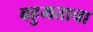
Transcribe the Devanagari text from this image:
बहुमताचा